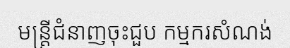
មន្ត្រីជំនាញចុះជួប កម្មករសំណង់